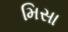
મિસા